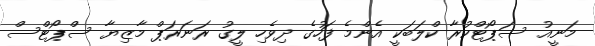
މަނީއު ސަޕޯޓްކުރާ ކްލަބަކީ އެންމެ ފަހުގެ ދިވެހި ލީގު ރަނަރަޕް މާޒިޔާ ސްޕޯޓްސް